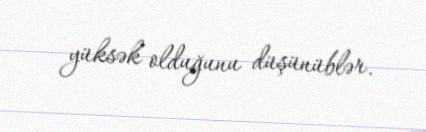
yüksək olduğunu düşünüblər.